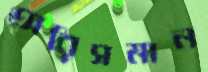
অরিসমান